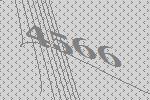
4566